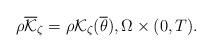
LaTeX: \begin{align*}\rho \overline{\mathcal{K}}_\zeta=\rho \mathcal{K}_\zeta(\overline{\theta}), \Omega\times(0,T).\end{align*}